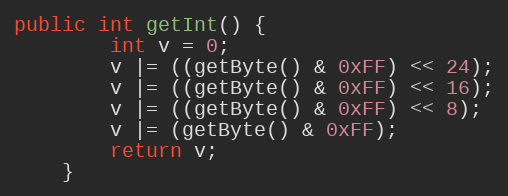
Language: Java
public int getInt() {
		int v = 0;
		v |= ((getByte() & 0xFF) << 24);
		v |= ((getByte() & 0xFF) << 16);
		v |= ((getByte() & 0xFF) << 8);
		v |= (getByte() & 0xFF);
		return v;
	}